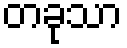
တခုသာ